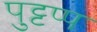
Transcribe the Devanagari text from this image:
पुट्टप्प